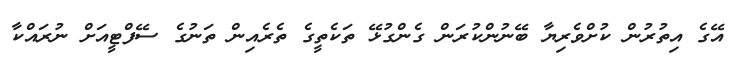
އޭގެ އިތުރުން ކުށްވެރިޔާ ބޭނުންކުރަން ގެންގުޅޭ ތަކެތީގެ ތެރެއިން ތަނުގެ ސޭފްޓީއަށް ނުރައްކާ